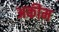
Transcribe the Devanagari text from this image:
अकीम